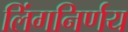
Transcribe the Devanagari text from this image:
लिंगनिर्णय